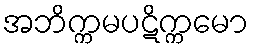
အဘိက္ကမပဋိက္ကမော